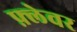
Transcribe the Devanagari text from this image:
फ़्लेवर